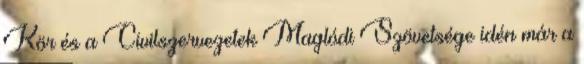
Kör és a Civilszervezetek Maglódi Szövetsége idén már a